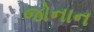
જોનાન